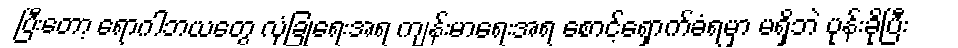
ပြီးတော့ ရောဂါဘယတွေ လုံခြုံရေးအရ ကျန်းမာရေးအရ စောင့်ရှောက်ခံရမှာ မရှိဘဲ ပုန်းခိုပြီး